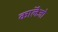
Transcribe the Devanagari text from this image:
काॅलेजो